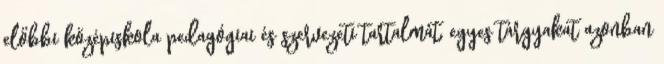
előbbi középiskola pedagógiai és szervezeti tartalmát, egyes tárgyakat azonban